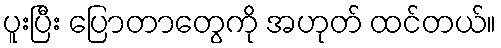
ပူးပြီး ပြောတာတွေကို အဟုတ် ထင်တယ်။